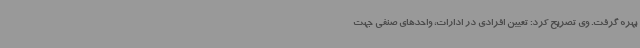
بهره گرفت. وی تصریح کرد: تعیین افرادی در ادارات، واحدهای صنفی جهت